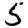
Digit: 5